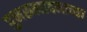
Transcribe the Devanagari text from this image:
पुनरुत्पादनाच्या